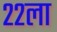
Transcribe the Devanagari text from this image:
२२ला